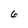
Character: 6